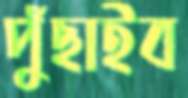
পুঁছাইব